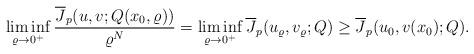
LaTeX: \begin{align*}\displaystyle{\liminf_{\varrho \to 0^+}\frac{\overline{J}_p(u,v; Q(x_0,\varrho))}{\varrho^N} = \liminf_{\varrho \to 0^+}\overline{J}_p(u_\varrho, v_\varrho; Q)\geq \overline{J}_p(u_0, v(x_0);Q).}\end{align*}